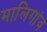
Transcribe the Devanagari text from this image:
मालिगांव